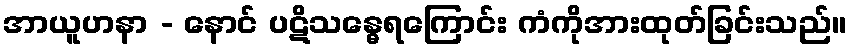
အာယူဟနာ - နောင် ပဋိသန္ဓေရကြောင်း ကံကိုအားထုတ်ခြင်းသည်။